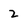
Character: 2